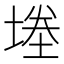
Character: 堘